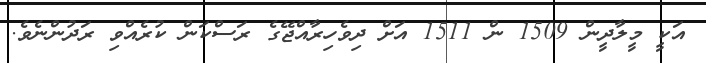
އަކީ މީލާދީން 1509 ން 1511 އަށް ދިވެހިރާއްޖޭގެ ރަސްކަން ކުރެއްވި ރަދުންނެވެ.